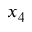
x _ { 4 }